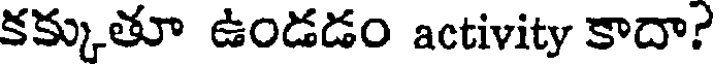
కక్కుతూ ఉండడం activity కాదా?